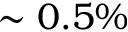
\sim 0 . 5 \%